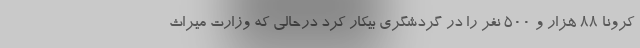
کرونا ۸۸ هزار و ۵۰۰ نفر را در گردشگری بیکار کرد درحالی که وزارت میراث